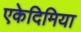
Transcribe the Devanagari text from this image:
एकेदिमिया